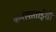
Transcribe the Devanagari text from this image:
कमलाताईंशी